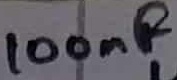
Text: 100nF